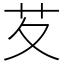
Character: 䒘